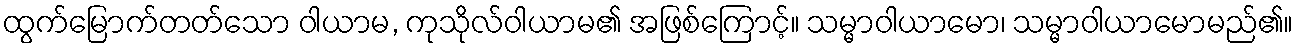
ထွက်မြောက်တတ်သော ဝါယာမ, ကုသိုလ်ဝါယာမ၏ အဖြစ်ကြောင့်။ သမ္မာဝါယာမော၊ သမ္မာဝါယာမောမည်၏။